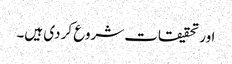
اور تحقیقات شروع کر دی ہیں۔